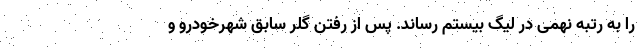
را به رتبه نهمی در لیگ بیستم رساند. پس از رفتن گلر سابق شهرخودرو و